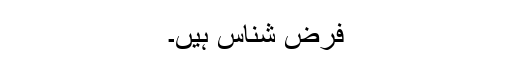
فرض شناس ہیں۔